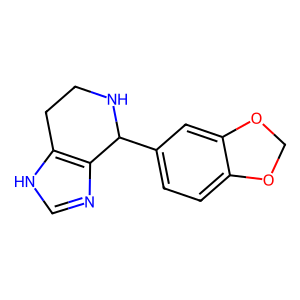
SMILES: c1nc2c([nH]1)CCNC2c1ccc2c(c1)OCO2
Inhibits HIV replication: No